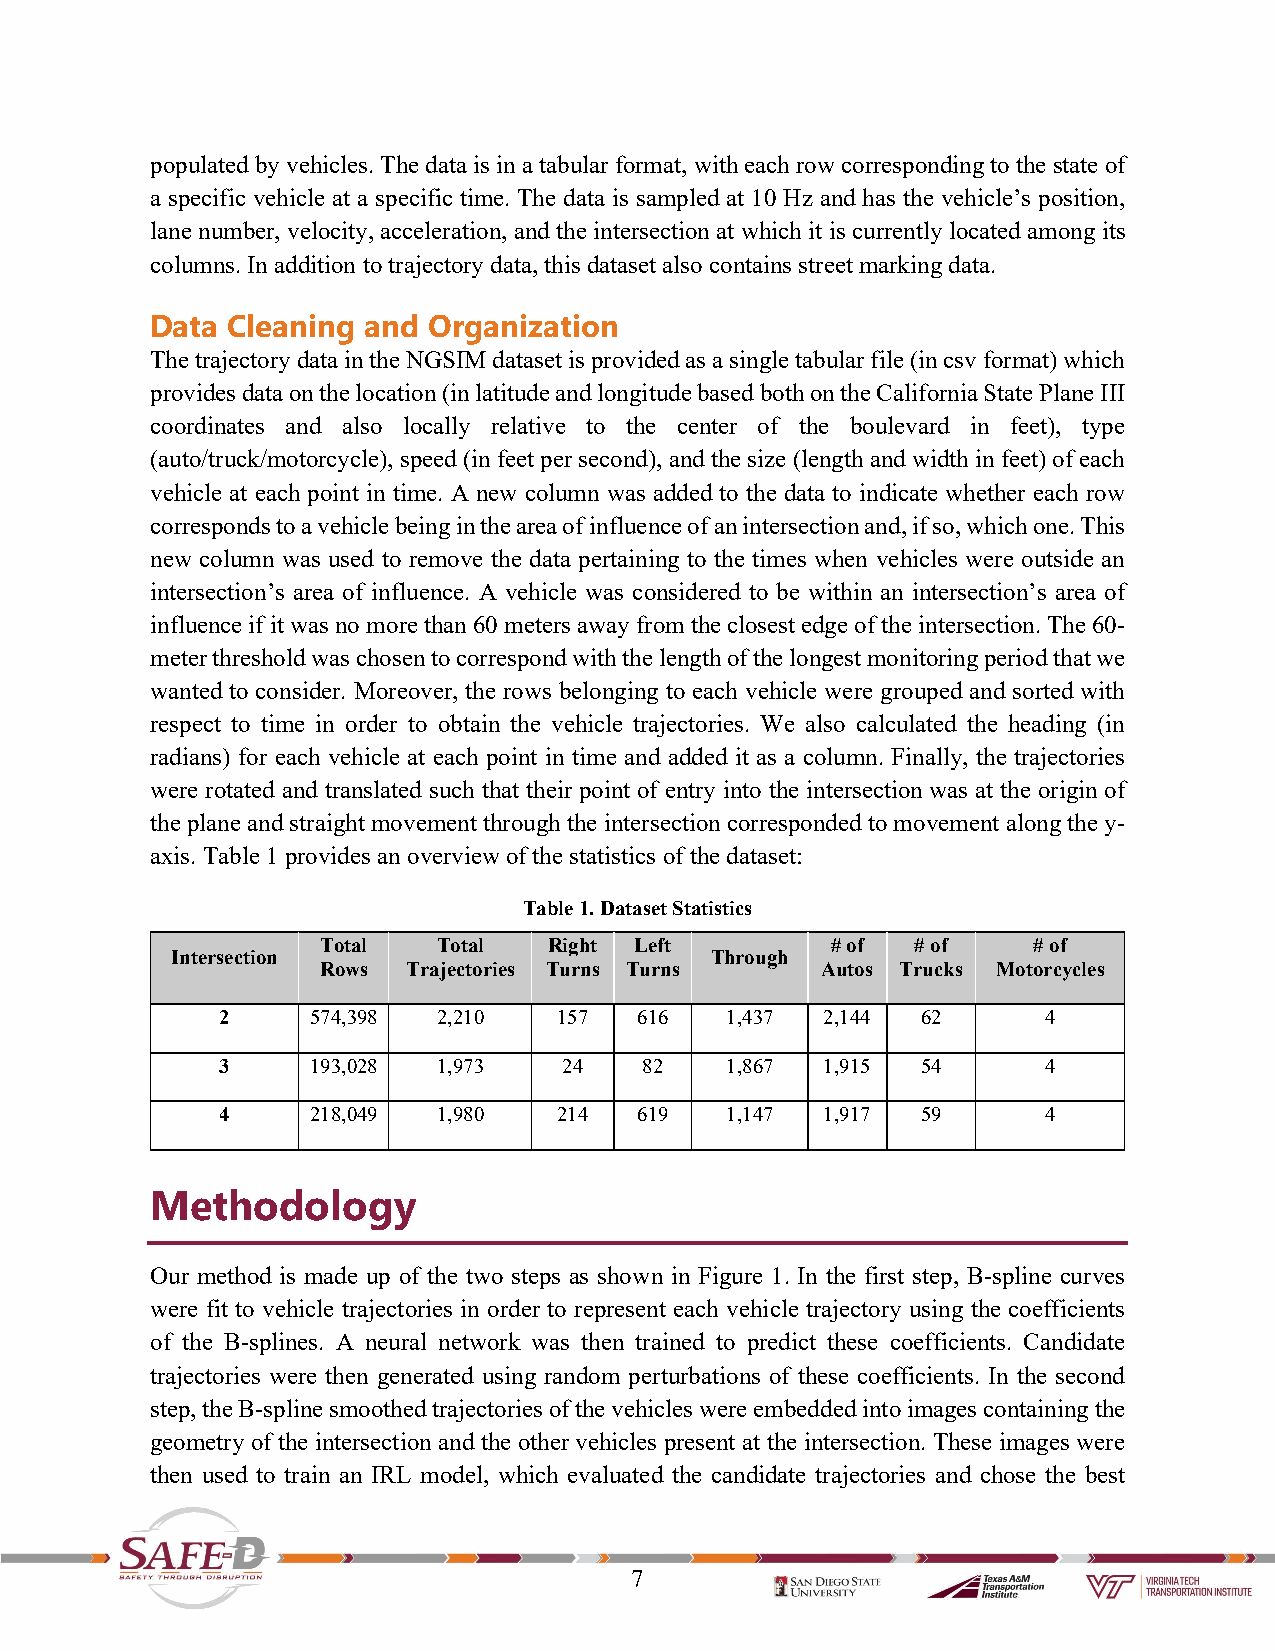
populated by vehicles. The data is in a tabular format, with each row corresponding to the state of
 a specific vehicle at a specific time. The data is sampled at 10 Hz and has the vehicle’s position,
 lane number, velocity, acceleration, and the intersection at which it is currently located among its
 columns. In addition to trajectory data, this dataset also contains street marking data.
 Data Cleaning and Organization
 The trajectory data in the NGSIM dataset is provided as a single tabular file (in csv format) which
 provides data on the location (in latitude and longitude based both on the California State Plane III
 coordinates and also locally relative to the center of the boulevard in feet), type
 (auto/truck/motorcycle), speed (in feet per second), and the size (length and width in feet) of each
 vehicle at each point in time. A new column was added to the data to indicate whether each row
 corresponds to a vehicle being in the area of influence of an intersection and, if so, which one. This
 new column was used to remove the data pertaining to the times when vehicles were outside an
 intersection’s area of influence. A vehicle was considered to be within an intersection’s area of
 influence if it was no more than 60 meters away from the closest edge of the intersection. The 60-
 meter threshold was chosen to correspond with the length of the longest monitoring period that we
 wanted to consider. Moreover, the rows belonging to each vehicle were grouped and sorted with
 respect to time in order to obtain the vehicle trajectories. We also calculated the heading (in
 radians) for each vehicle at each point in time and added it as a column. Finally, the trajectories
 were rotated and translated such that their point of entry into the intersection was at the origin of
 the plane and straight movement through the intersection corresponded to movement along the y-
 axis. Table 1 provides an overview of the statistics of the dataset:
 Table 1. Dataset Statistics
 Total   Total  Right Left         # of  # of   # of
 Intersection                        Through
 Rows  Trajectories Turns Turns   Autos Trucks Motorcycles
 2     574,398 2,210   157  616   1,437  2,144 62      4
 3     193,028 1,973   24    82   1,867  1,915 54      4
 4     218,049 1,980   214  619   1,147  1,917 59      4
 Methodology
 Our method is made up of the two steps as shown in Figure 1. In the first step, B-spline curves
 were fit to vehicle trajectories in order to represent each vehicle trajectory using the coefficients
 of the B-splines. A neural network was then trained to predict these coefficients. Candidate
 trajectories were then generated using random perturbations of these coefficients. In the second
 step, the B-spline smoothed trajectories of the vehicles were embedded into images containing the
 geometry of the intersection and the other vehicles present at the intersection. These images were
 then used to train an IRL model, which evaluated the candidate trajectories and chose the best
 7